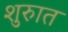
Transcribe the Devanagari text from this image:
शुरुात